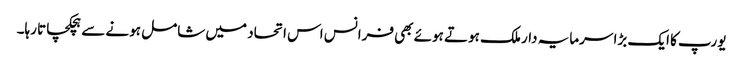
یورپ کا ایک بڑا سرمایہ دار ملک ہوتے ہوئے بھی فرانس اس اتحاد میں شامل ہونے سے ہچکچاتا رہا۔